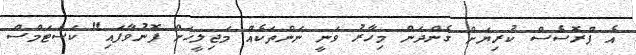
އެ ޕްރޮސެސް ކުރިޔަށް ގެންދަން މިހާރު ވަނީ ނަންތަކެއް މަޖިލީހަށް ފޮނުވާފައި" ކަސްޓަމްސް